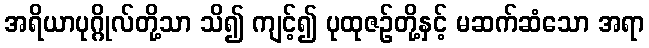
အရိယာပုဂ္ဂိုလ်တို့သာ သိ၍ ကျင့်၍ ပုထုဇဉ်တို့နှင့် မဆက်ဆံသော အရာ